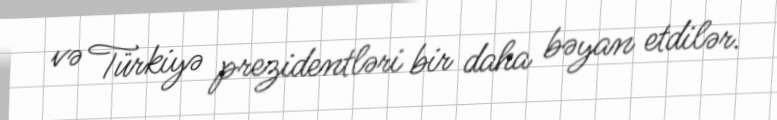
və Türkiyə prezidentləri bir daha bəyan etdilər.